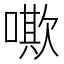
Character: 𠿁